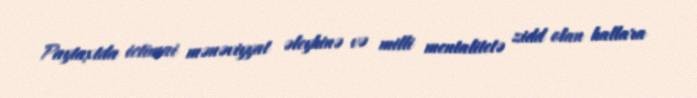
Paytaxtda ictimai mənəviyyat əleyhinə və milli mentalitetə zidd olan hallara